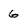
Character: 6